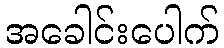
အခေါင်းပေါက်